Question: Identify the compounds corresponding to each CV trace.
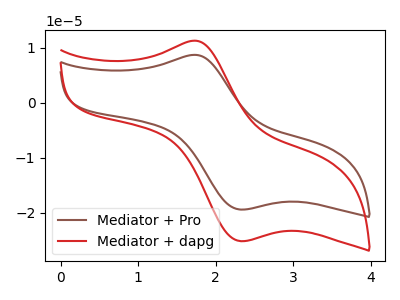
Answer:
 <answer>The brown curve is labeled "Mediator + Pro". The red curve is labeled "Mediator + dapg".</answer>
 <eval></eval>